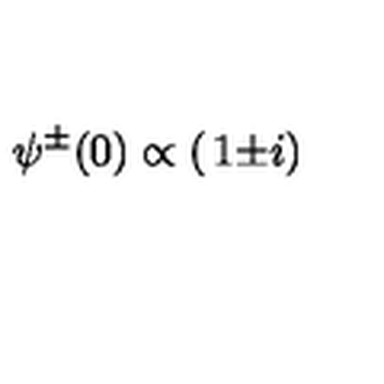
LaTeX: \psi ^ { \pm } ( 0 ) \propto \left( \begin{matrix} { 1 } \\ { \pm i } \\ \end{matrix} \right)